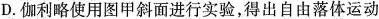
D.伽利略使用图甲斜面进行实验，得出自由落体运动